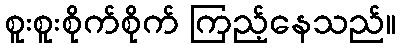
စူးစူးစိုက်စိုက် ကြည့်နေသည်။